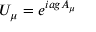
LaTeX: U _ { \mu } = e ^ { i a g A _ { \mu } }